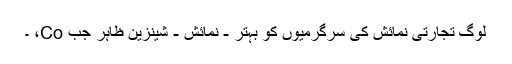
لوگ تجارتی نمائش کی سرگرمیوں کو بہتر - نمائش - شینزین ظاہر جب Co، ۔